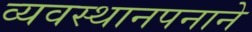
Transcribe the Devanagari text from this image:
व्यवस्थानपनाने